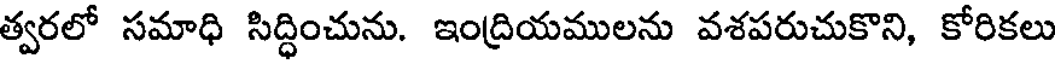
త్వరలో సమాధి సిద్ధించును. ఇంద్రియములను వశపరుచుకొని, కోరికలు